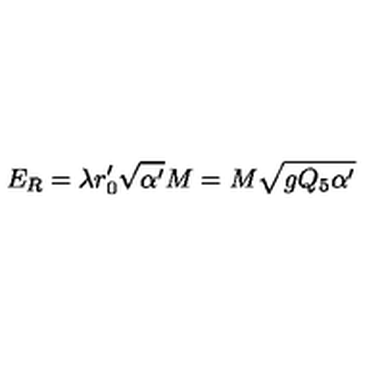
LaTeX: E _ { R } = \lambda r _ { 0 } ^ { \prime } \sqrt { \alpha ^ { \prime } } M = M \sqrt { g Q _ { 5 } \alpha ^ { \prime } }